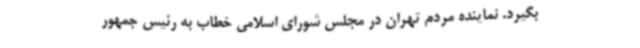
بگیرد. نماینده مردم تهران در مجلس شورای اسلامی خطاب به رئیس جمهور